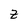
Character: Z